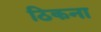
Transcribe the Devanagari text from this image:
ठिकना